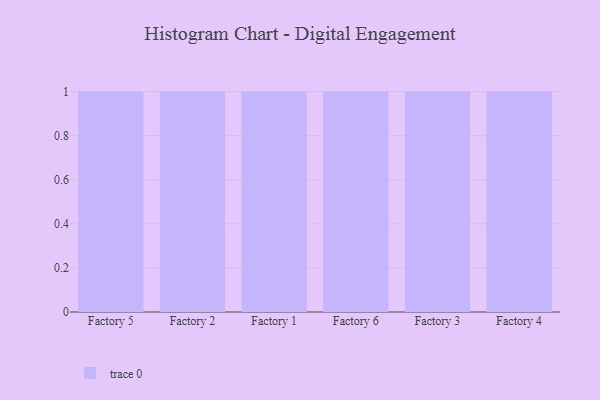
{"axis": {"x": "Factory", "y": "Customer Acquisition Cost (USD)"}, "legend": [""], "data": [{"x": "Factory 5", "y": 5, "type": ""}, {"x": "Factory 2", "y": 81, "type": ""}, {"x": "Factory 1", "y": 64, "type": ""}, {"x": "Factory 6", "y": 15, "type": ""}, {"x": "Factory 3", "y": 48, "type": ""}, {"x": "Factory 4", "y": 3, "type": ""}]}